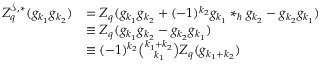
\begin{array} { r l } { Z _ { q } ^ { \mathcal { S } , \ast } ( g _ { k _ { 1 } } g _ { k _ { 2 } } ) } & { = Z _ { q } ( g _ { k _ { 1 } } g _ { k _ { 2 } } + ( - 1 ) ^ { k _ { 2 } } g _ { k _ { 1 } } \ast _ { \hbar } g _ { k _ { 2 } } - g _ { k _ { 2 } } g _ { k _ { 1 } } ) } \\ & { \equiv Z _ { q } ( g _ { k _ { 1 } } g _ { k _ { 2 } } - g _ { k _ { 2 } } g _ { k _ { 1 } } ) } \\ & { \equiv ( - 1 ) ^ { k _ { 2 } } \binom { k _ { 1 } + k _ { 2 } } { k _ { 1 } } Z _ { q } ( g _ { k _ { 1 } + k _ { 2 } } ) } \end{array}